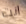
انت